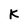
Character: K